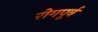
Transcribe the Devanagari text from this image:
रोगपूर्व